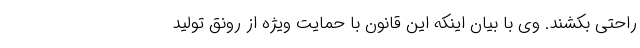
راحتی بکشند. وی با بیان اینکه این قانون با حمایت ویژه از رونق تولید